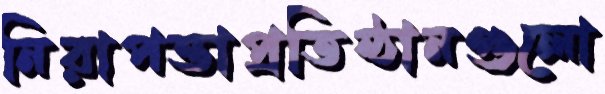
নিরাপত্তাপ্রতিষ্ঠানগুলো